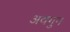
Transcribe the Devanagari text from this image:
अवगुन